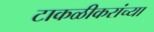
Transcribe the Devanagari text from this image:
टाकळीकरांच्या